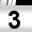
Digit: 3